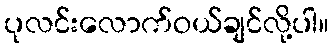
ပုလင်းလောက်ဝယ်ချင်လို့ပါ။